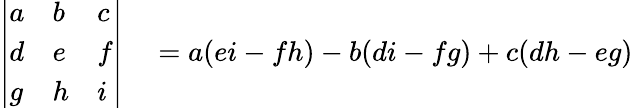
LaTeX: \begin{array}{rl}{{\left|\begin{array}{lll}{a}&{b}&{c}\\ {d}&{e}&{f}\\ {g}&{h}&{i}\end{array}\right|}}&{{}=a(ei-fh)-b(di-fg)+c(dh-eg)}\end{array}